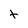
Character: t